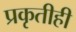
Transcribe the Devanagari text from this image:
प्रकृतीही